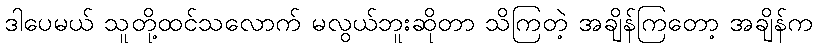
ဒါပေမယ် သူတို့ထင်သလောက် မလွယ်ဘူးဆိုတာ သိကြတဲ့ အချိန်ကြတော့ အချိန်က